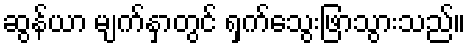
ဆွန်ယာ မျက်နှာတွင် ရှက်သွေးဖြာသွားသည်။